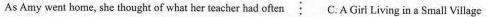
As Amy went home, she thought of what her teacher had often C.A Girl Living in a Small Village